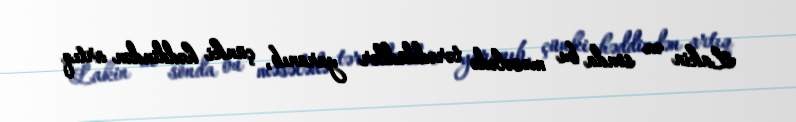
Lakin ən sonda bu məsələdə tərəddüdlər yaranıb, çünki həddindən artıq